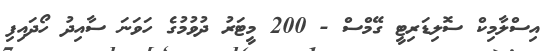
އިސްލާމިކް ސޮލިޑަރިޓީ ގޭމްސް - 200 މީޓަރު ދުވުމުގެ ހަވަނަ ސާއިދު ހޯދައިފި